Vaccination United Provinces of Agra and Oudh 1914-1922 - 1914-1922
Year: 1914
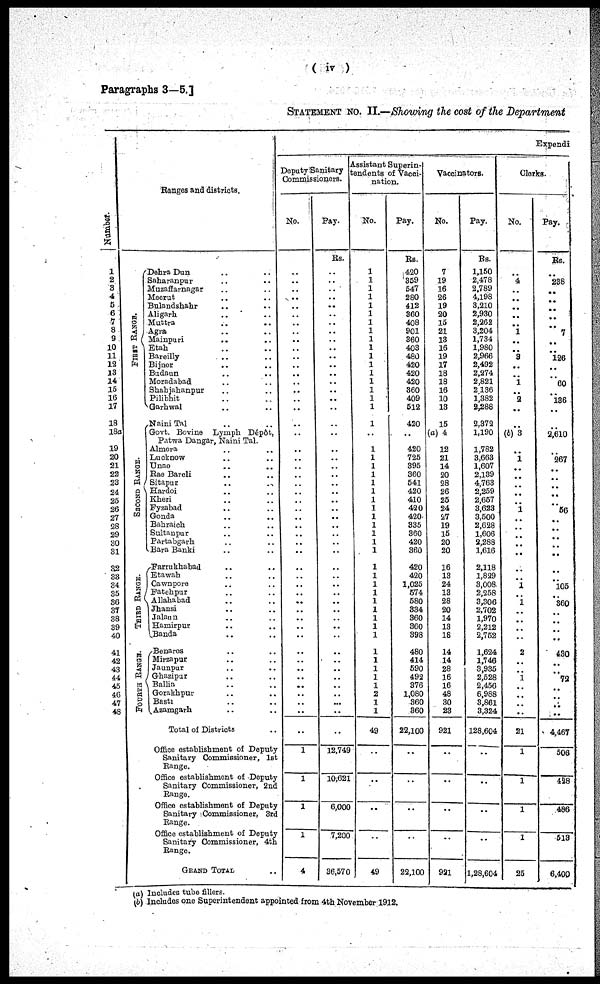
( iv )
Paragraphs 3—5.]
STATEMENT No. II.—Showing the cost of the Department
Number.
l
2
3
4
5
6
7
8
9
10
11
12
18
14
15
16
17
18
18a
19
20
21
22
23
24
25
26
27
28
29
30
31
32
33
34
35
36
37
38
39
40
41
42
43
44
45
46
47
48
Ranges and districts.
FIRST RANGE.
S E COND RANGE.
THIRD RANGE.
FOURTH RANGE.
Dehra Dun .. ..
Saharanpur .. ..
Muzaffarnagar .. ..
Meerut .. ..
Bulandshahr .. ..
Aligarh .. ..
Muttra .. ..
Agra .. ..
Mainpuri .. ..
Etah .. ..
Bareilly .. ..
Bijnor .. ..
Budaun .. ..
Moradabad .. ..
Shahjahanpur .. ..
Pilibhit .. ..
Garhwal .. ..
Naini Tal .. ..
Govt. Bovine Lymph Dépdt,
Patwa Dangar, Naini Tal.
Almora .. ..
Lucknow .. ..
Unao .. ..
Rae Bareli .. ..
Sitapur .. ..
Hardoi .. ..
Kheri .. ..
Fyzabad .. ..
Gonda .. ..
Bahraich .. ..
Sultanpur .. ..
Partabgarh .. ..
Bara Banki .. ..
Farrukhabad .. ..
Etawah .. ..
Cawnpore .. ..
Fatehpur .. ..
Allahabad .. ..
Jhansi .. ..
Jalaun .. ..
Hamirpur .. ..
Banda .. ..
Benares .. ..
Mirzapur .. ..
Jaunpur .. ..
Ghazipur .. ..
Ballia .. ..
Gorakhpur .. ..
Basti .. ..
Azamgarh .. ..
Total of Districts ..
Office establishment of Deputy
Sanitary Commissioner, 1st
Range.
Office establishment of Deputy
Sanitary Commissioner, 2nd
Range.
Office establishment of Deputy
Sanitary Commissioner, 3rd
Range.
Office establishment of Deputy
Sanitary Commissioner, 4th
Range.
GRAND TOTAL ..
Expendi
Deputy Sanitary
Commissioners.
No.
..
..
..
..
..
..
..
..
..
..
..
..
..
..
..
..
..
..
..
..
..
..
..
..
..
..
..
..
..
..
..
..
..
..
..
..
..
..
..
..
..
..
..
..
..
..
..
..
..
..
1
1
1
1
4
Pay.
Rs.
..
..
..
..
..
..
..
..
..
..
..
..
..
..
..
..
..
..
..
..
..
..
..
..
..
..
..
..
..
..
..
..
..
..
..
..
..
..
..
..
..
..
..
..
.. ..
...
..
..
12,749
10,621
6,000
7,200
36,570
Assistant Superin-
endents of Vacci-
nation.
No.
1
1
1
1
1
1
1
1
1
1
1
1
1
1
1
1
1
1
..
1
1
1
1
1
1
1
1
1
1
1
1
1
1
1
1
1
1
1
1
1
1
1
1
1
1
1
2
1
1
49
..
..
..
..
49
Pay.
Rs.
420
359
547
280
412
360
408
901
860
403
480
420
420
420
860
409
512
420
..
420
725
395
360
541
420
410
420
420
335
360
420
360
420
420
1,025
574
580
334
360
360
398
480
414
590
492
376
1,080
360
360
22,100
..
..
..
..
22,100
Vaccinators.
No.
7
19
16
26
19
20
15
21
18
16
19
17
18
18
16
10
13
16
(a) 4
12
21
14
20
28
26
25
24
27
19
15
20
20
16
13
24
13
28
20
14
13
18
14
14
28
16
16
48
30
23
921
..
..
..
..
921
Pay.
Rs.
1,150
2,478
2,789
4,198
3,210
2,930
2,262
3,204
1,734
1,980
2,966
2,492
2,274
2,821
2,136
1,382
2,288
2,372
1,190
1,782
3,663
1,607
2,139
4,763
2,259
2,657
3,623
3,500
2,628
1,606
2,288
1,616
2,118
1,829
3,008
2,258
3,306
2,702
1,970
2,212
2,762
1,624
1,746
3,935
2,628
2,456
6,988
3,861
3,324
128,604
..
..
..
..
1,28,604
Clerks.
No.
..
4
..
..
..
..
..
1
..
..
8
..
..
1
..
2
..
..
(b)3
..
1
..
..
..
..
.. 1
..
..
..
..
..
..
..
1
..
1
..
..
..
..
2
..
..
1
..
..
..
..
21
1
1
1
1
25
Pay.
Rs.
..
238
..
..
..
..
..
7
..
..
126
..
..
60
..
136
..
..
2,610
..
267
..
..
..
..
..
56 ..
..
..
..
..
..
..
105
..
360
..
..
..
..
430
..
..
72
..
..
..
..
4,467
506
428
486
513
6,400
(a) Includes tube fillers.
(b) Includes one Superintendent appointed from 4th November 1912.